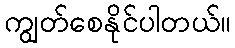
ကျွတ်စေနိုင်ပါတယ်။